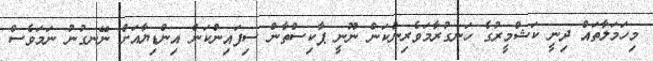
މިހަމަލާތައް ދިނީ ކަޝްމީރުގެ ހަނގުރާމަވެރިންކަން ނޫނީ ޕާކިސްތާން ސިފައިންކަން އިންޑިޔާއަށް ނޭނގުނު ނަމަވެސް